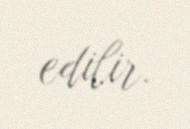
edilir.